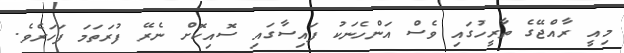
މިއީ ރާއްޖޭގެ ތާރީހުގައި ވެސް އަންހެނަކު ފައިސާގައި ސޮއިކޮށް ނެރޭ ފުރަތަމަ ފަހަރެވެ.